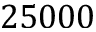
2 5 0 0 0